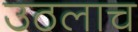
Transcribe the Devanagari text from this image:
उठलाच